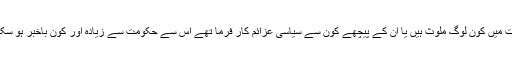
ان واقعات میں کون لوگ ملوث ہیں یا ان کے پیچھے کون سے سیاسی عزائم کار فرما تھے اس سے حکومت سے زیادہ اور کون باخبر ہو سکتی ہے ۔